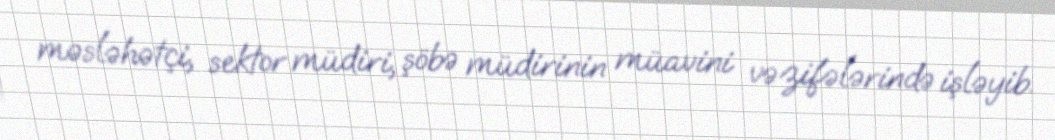
məsləhətçi, sektor müdiri, şöbə müdirinin müavini vəzifələrində işləyib.